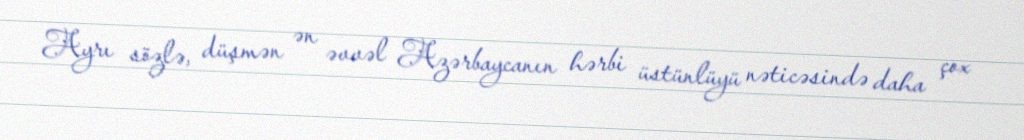
Ayrı sözlə, düşmən ən əvvəl Azərbaycanın hərbi üstünlüyü nəticəsində daha çox